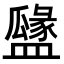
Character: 𥂻